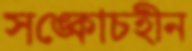
সঙ্কোচহীন